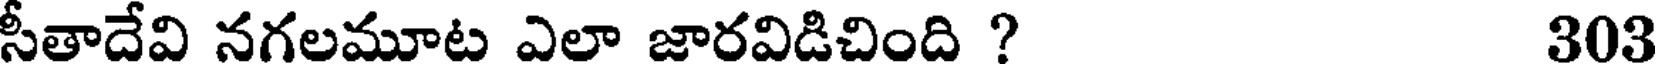
సీతాదేవి నగలమూట ఎలా జారవిడిచింది ? 303